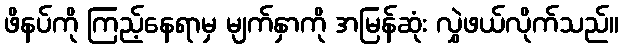
ဖိနပ်ကို ကြည့်နေရာမှ မျက်နှာကို အမြန်ဆုံး လွှဲဖယ်လိုက်သည်။